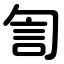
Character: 訇